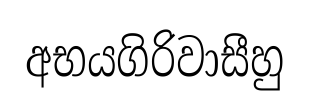
අභයගිරිවාසීහු